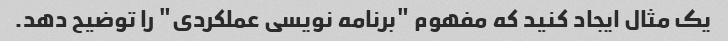
یک مثال ایجاد کنید که مفهوم "برنامه نویسی عملکردی" را توضیح دهد.